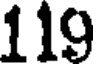
119